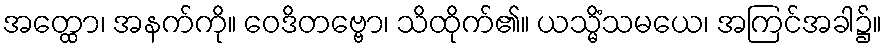
အတ္ထော၊ အနက်ကို။ ဝေဒိတဗ္ဗော၊ သိထိုက်၏။ ယသ္မိံသမယေ၊ အကြင်အခါ၌။